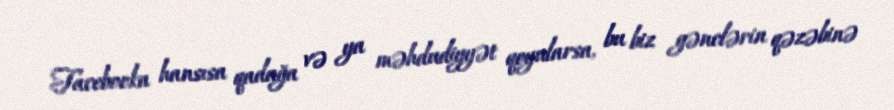
Facebooka hansısa qadağa və ya məhdudiyyət qoyularsa, bu biz gənclərin qəzəbinə